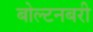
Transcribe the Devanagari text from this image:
बोल्टनबरी